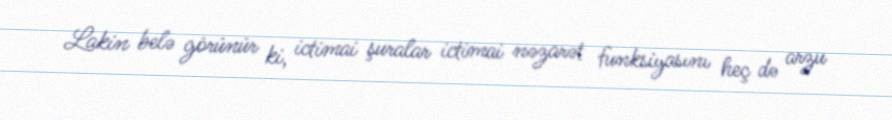
Lakin belə görünür ki, ictimai şuralar ictimai nəzarət funksiyasını heç də arzu